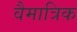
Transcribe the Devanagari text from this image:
वैमात्रिक